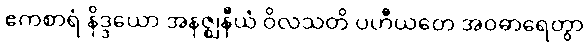
ဧကစာရံ နိဒ္ဒယော အနဇ္ဈနီယံ ဝိလသတိ ပဟီယတေ အဝဓာရေတွာ